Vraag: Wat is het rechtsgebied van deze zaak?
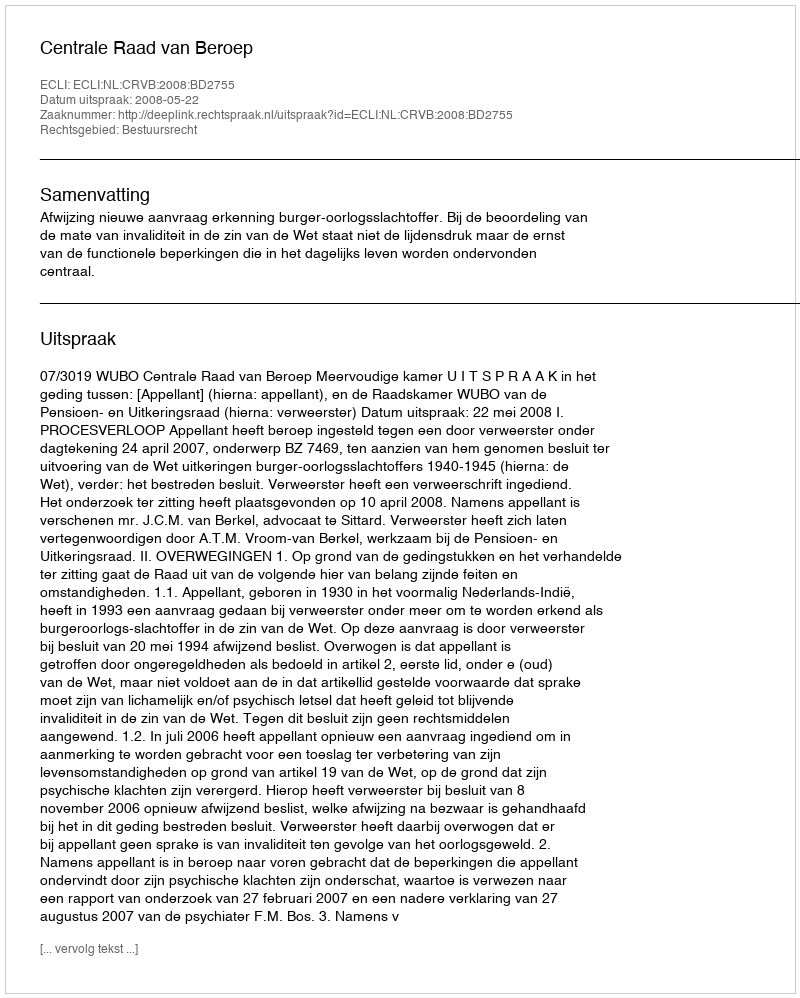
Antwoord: Bestuursrecht